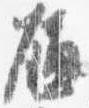
瓶